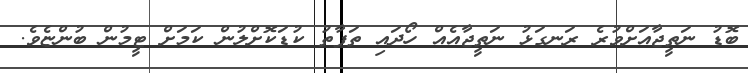
ބޮޑު ނަތީޖާއަށްވުރެ ރަނގަޅު ނަތީޖާއެއް ހޯދައި ތަފާތު ކުޑަކޮށްލުން ކަމަށް ޓީމުން ބުންޏެވެ.